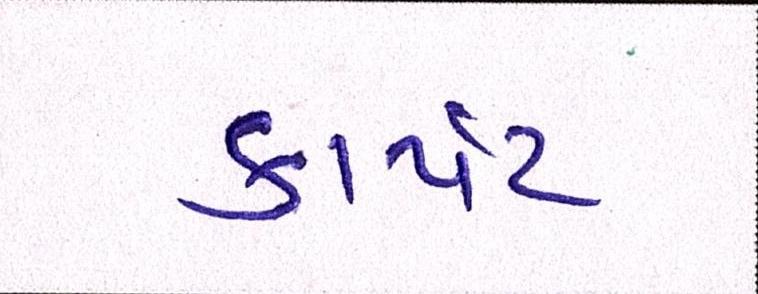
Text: કાર્પેટ